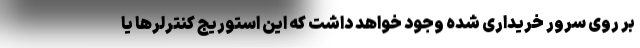
بر روی سرور خریداری شده وجود خواهد داشت که این استوریج کنترلرها یا